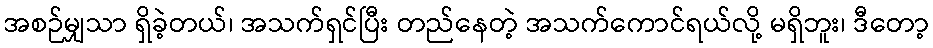
အစဉ်မျှသာ ရှိခဲ့တယ်၊ အသက်ရှင်ပြီး တည်နေတဲ့ အသက်ကောင်ရယ်လို့ မရှိဘူး၊ ဒီတော့